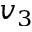
v _ { 3 }